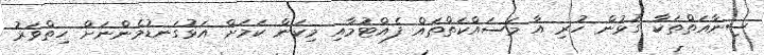
ސިނާއަތްތަކާ ގުޅުން ހުރި އާ މަސައްކަތްތައް ފެއްޓުމާއި މިކަން ކަމަށް އަޅުގަނޑުމެންނަށް ހިތްވަރު